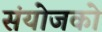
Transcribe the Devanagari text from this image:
संयोजको